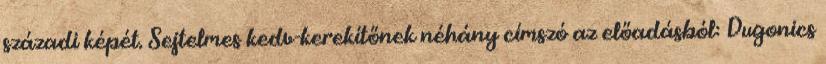
századi képét. Sejtelmes kedv-kerekítőnek néhány címszó az előadásból: Dugonics